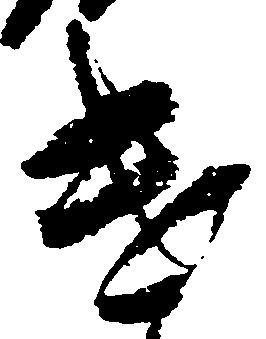
遣